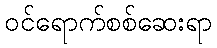
ဝင်ရောက်စစ်ဆေးရာ